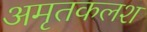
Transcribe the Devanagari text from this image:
अमृतकलश